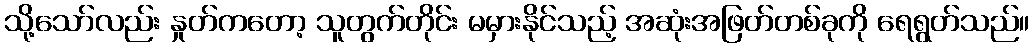
သို့သော်လည်း နှုတ်ကတော့ သူတွက်တိုင်း မမှားနိုင်သည့် အဆုံးအဖြတ်တစ်ခုကို ရေရွတ်သည်။